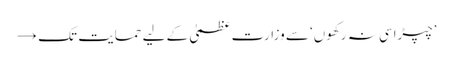
’چپڑاسی نہ رکھوں‘ سے وزارت عظمیٰ کے لیے حمایت تک →